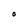
Character: O